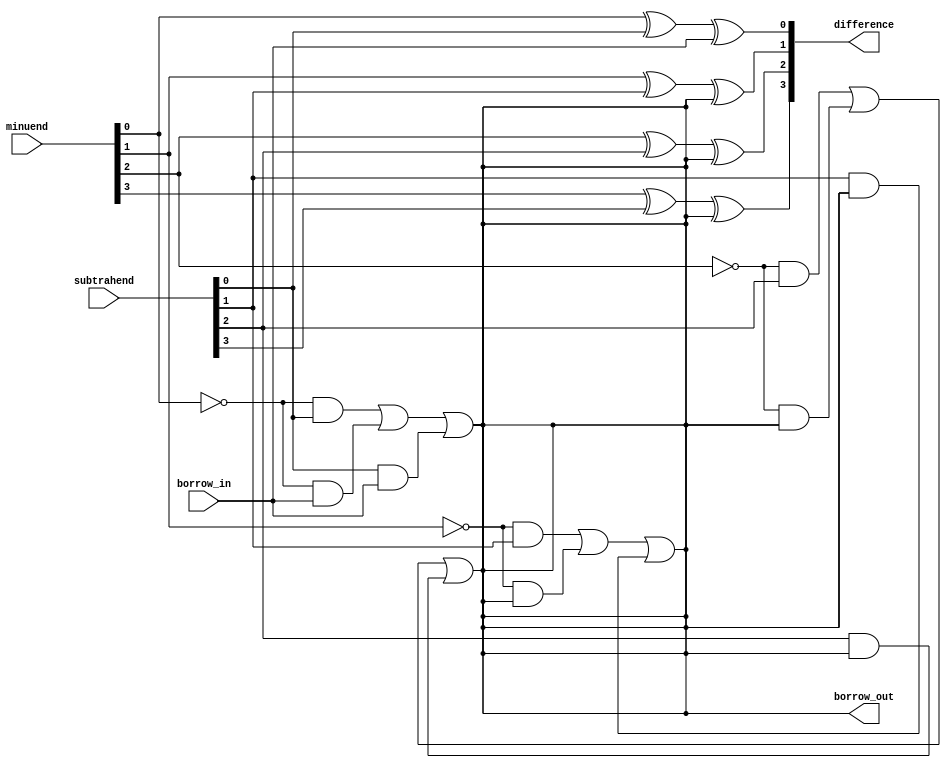
module carry_lookahead_subtractor (
    input [3:0] minuend,
    input [3:0] subtrahend,
    input borrow_in,
    output [3:0] difference,
    output borrow_out
);

assign difference[0] = minuend[0] ^ subtrahend[0] ^ borrow_in;
assign borrow_out = (~minuend[0] & subtrahend[0]) | (~minuend[0] & borrow_in) | (subtrahend[0] & borrow_in);
assign difference[1] = minuend[1] ^ subtrahend[1] ^ borrow_out;
assign borrow_out = (~minuend[1] & subtrahend[1]) | (~minuend[1] & borrow_out) | (subtrahend[1] & borrow_out);
assign difference[2] = minuend[2] ^ subtrahend[2] ^ borrow_out;
assign borrow_out = (~minuend[2] & subtrahend[2]) | (~minuend[2] & borrow_out) | (subtrahend[2] & borrow_out);
assign difference[3] = minuend[3] ^ subtrahend[3] ^ borrow_out;

endmodule